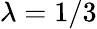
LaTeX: \lambda=1/3